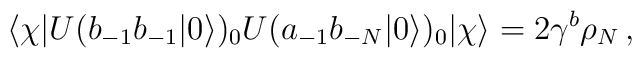
\langle\chi|U(b_{-1}b_{-1}|0\rangle)_0U(a_{-1}b_{-N}|0\rangle)_0|\chi\rangle=2\gamma^b\rho_N\,,